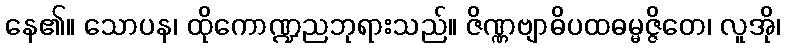
နေ၏။ သောပန၊ ထိုကောဏ္ဍညဘုရားသည်။ ဇိဏ္ဏဗျာဓိပထဓမ္မဇ္ဇိတေ၊ လူအို၊